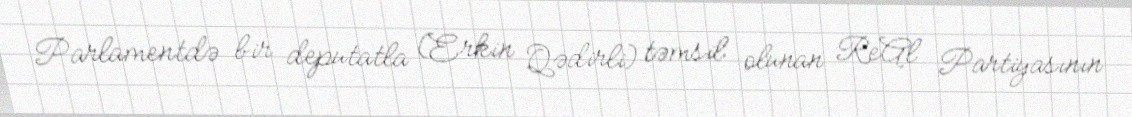
Parlamentdə bir deputatla (Erkin Qədirli) təmsil olunan ReAl Partiyasının